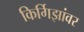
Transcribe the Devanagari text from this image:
किर्गिझांवर